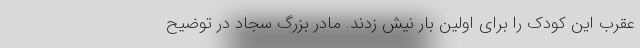
عقرب این کودک را برای اولین بار نیش زدند. مادر بزرگ سجاد در توضیح